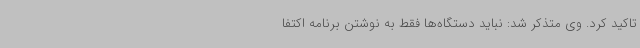
تاکید کرد. وی متذکر شد: نباید دستگاه‌ها فقط به نوشتن برنامه اکتفا